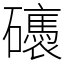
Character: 䃵